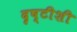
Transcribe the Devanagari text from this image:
दृष्टीशी